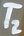
Text: T2